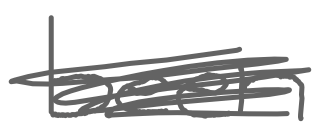
Text: been
Cross-out: scratch
Writing tool: digital_gray